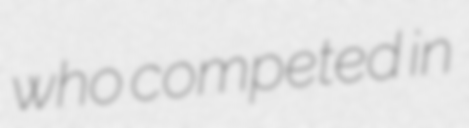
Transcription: who competed in